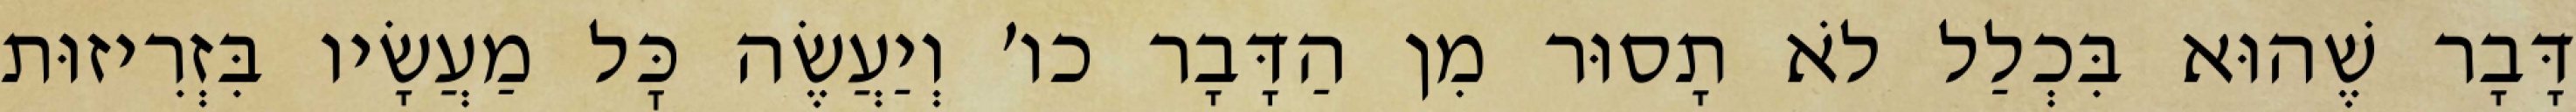
דָּבָר שֶׁהוּא בִּכְלַל לֹא תָסוּר מִן הַדָּבָר כו׳ וְיַעֲשֶׂה כׇּל מַעֲשָׂיו בִּזְרִיזוּת